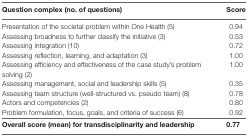
<table><thead><tr><td><b>Question complex (no. of questions)</b></td><td><b>Score</b></td></tr></thead><tbody><tr><td>Presentation of the societal problem within One Health (5)</td><td>0.94</td></tr><tr><td>Assessing broadness to further classify the initiative (3)</td><td>0.53</td></tr><tr><td>Assessing integration (10)</td><td>0.72</td></tr><tr><td>Assessing reflection, learning, and adaptation (3)</td><td>1.00</td></tr><tr><td>Assessing efficiency and effectiveness of the case study’s problem solving (2)</td><td>1.00</td></tr><tr><td>Assessing management, social and leadership skills (5)</td><td>0.35</td></tr><tr><td>Assessing team structure (well-structured vs. pseudo team) (8)</td><td>0.78</td></tr><tr><td>Actors and competencies (2)</td><td>0.80</td></tr><tr><td>Problem formulation, focus, goals, and criteria of success (6)</td><td>0.92</td></tr><tr><td><b>Overall score (mean) for transdisciplinarity and leadership</b></td><td><b>0.77</b></td></tr></tbody></table>